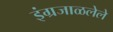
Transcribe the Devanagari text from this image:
इंग्रजाळलेले